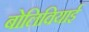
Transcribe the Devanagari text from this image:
बोलिवियाई